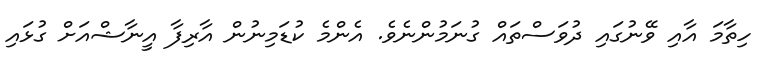
ހިތާމަ އާއި ވޭނުގައި ދުވަސްތައް ގުނަމުންނެވެ. އެންމެ ކުޑަމިނުން އާރިފާ އީނާޝްއަށް ގުޅައި